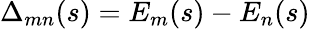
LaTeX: \Delta_{mn}(s)=E_{m}(s)-E_{n}(s)